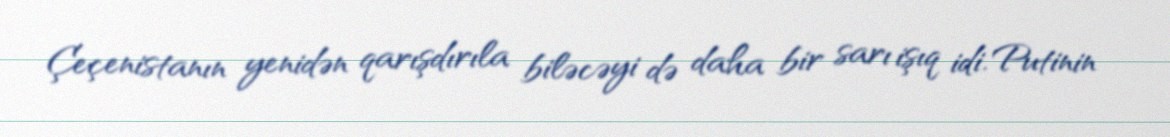
Çeçenistanın yenidən qarışdırıla biləcəyi də daha bir sarı işıq idi. Putinin